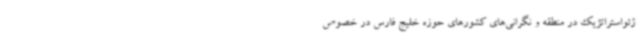
ژئواستراتژیک در منطقه و نگرانی‌های کشورهای حوزه خلیج فارس در خصوص